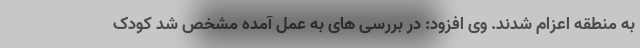
به منطقه اعزام شدند. وی افزود: در بررسی های به عمل آمده مشخص شد کودک